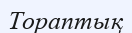
Тораптық